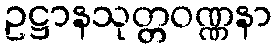
ဥဋ္ဌာနသုတ္တဝဏ္ဏနာ